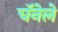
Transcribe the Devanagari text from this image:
चॅनेले